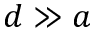
d \gg a